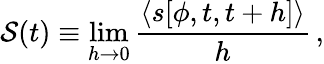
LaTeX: {\mathcal{S}}(t)\equiv\operatorname*{lim}_{h\rightarrow 0}\frac{\langle s[\phi,t,t+h]\rangle}{h}\, ,